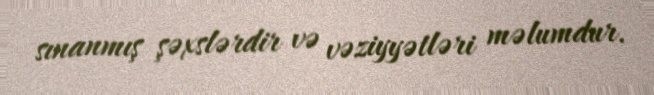
sınanmış şəxslərdir və vəziyyətləri məlumdur.